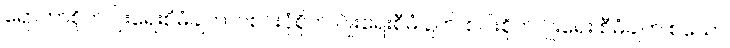
ရော်ဘာစိုက်ပျိုးရေးစီမံချက်၊ ပဲစင်းငုံစိုက် ပျိုးရေးစီမံချက်၊ စပါးစိုက်ပျိုးရေး စီမံချက် စသော